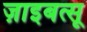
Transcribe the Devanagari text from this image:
ज़ाइबत्सू